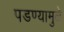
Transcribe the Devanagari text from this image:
पडण्यामुळे